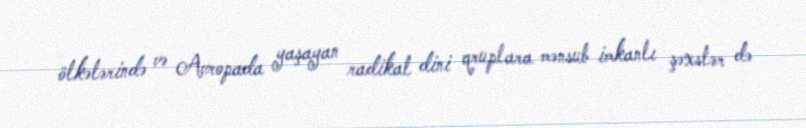
ölkələrində və Avropada yaşayan radikal dini qruplara mənsub imkanlı şəxslər də